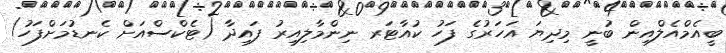
ބީއެމްއެލްއިން ބުނީ މިދިޔަ އަހަރުގެ ފަހު ކުއާޓަރ ނިންމާލިއިރު ފައިދާ (ޓެކްސްއަށް ކެނޑުމަށްފަހު)